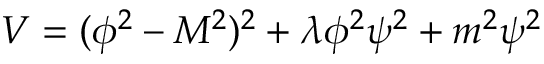
V = ( \phi ^ { 2 } - M ^ { 2 } ) ^ { 2 } + \lambda \phi ^ { 2 } \psi ^ { 2 } + m ^ { 2 } \psi ^ { 2 }